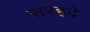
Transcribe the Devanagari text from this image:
सरहदे